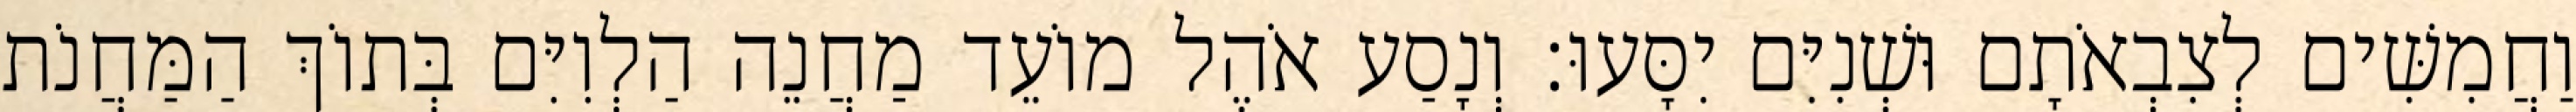
וַחֲמִשִּׁים לְצִבְאֹתָם וּשְׁנִיִּם יִסָּעוּ׃ וְנָסַע אֹהֶל מוֹעֵד מַחֲנֵה הַלְוִיִּם בְּתוֹךְ הַמַּחֲנֹת